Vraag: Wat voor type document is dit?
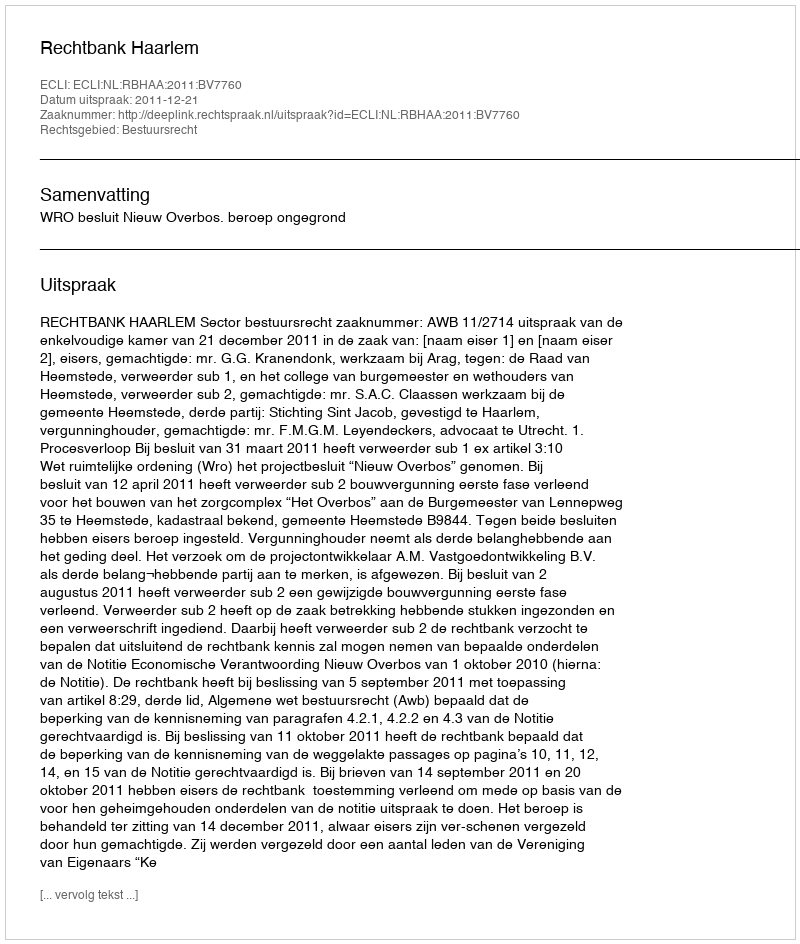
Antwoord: Uitspraak